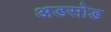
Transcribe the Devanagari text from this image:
अडसोड